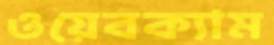
ওয়েবক্যাম